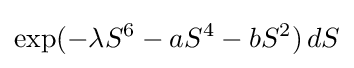
\exp(-\lambda S^{6}-aS^{4}-bS^{2})\,dS